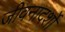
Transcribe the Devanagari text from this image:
जीवनादर्शों